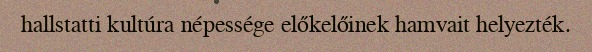
hallstatti kultúra népessége előkelőinek hamvait helyezték.